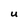
Character: U